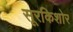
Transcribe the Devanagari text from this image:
सूरकिशोर